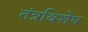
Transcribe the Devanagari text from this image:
तंत्रविशेष